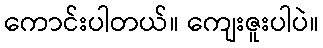
ကောင်းပါတယ်။ ကျေးဇူးပါပဲ။